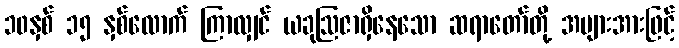
၁၀နှစ် ၁၅ နှစ်လောက် ကြာလျှင် ယခုဩဇာရှိနေသော ဆရာတော်တို့ အများအားဖြင့်